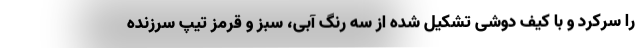
را سرکرد و با کیف دوشی تشکیل شده از سه رنگ آبی، سبز و قرمز تیپ سرزنده